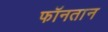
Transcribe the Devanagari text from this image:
फॉनतान